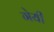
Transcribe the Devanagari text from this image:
गेयी